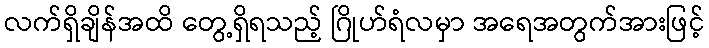
လက်ရှိချိန်အထိ တွေ့ရှိရသည့် ဂြိုဟ်ရံလမှာ အရေအတွက်အားဖြင့်